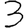
Digit: 3